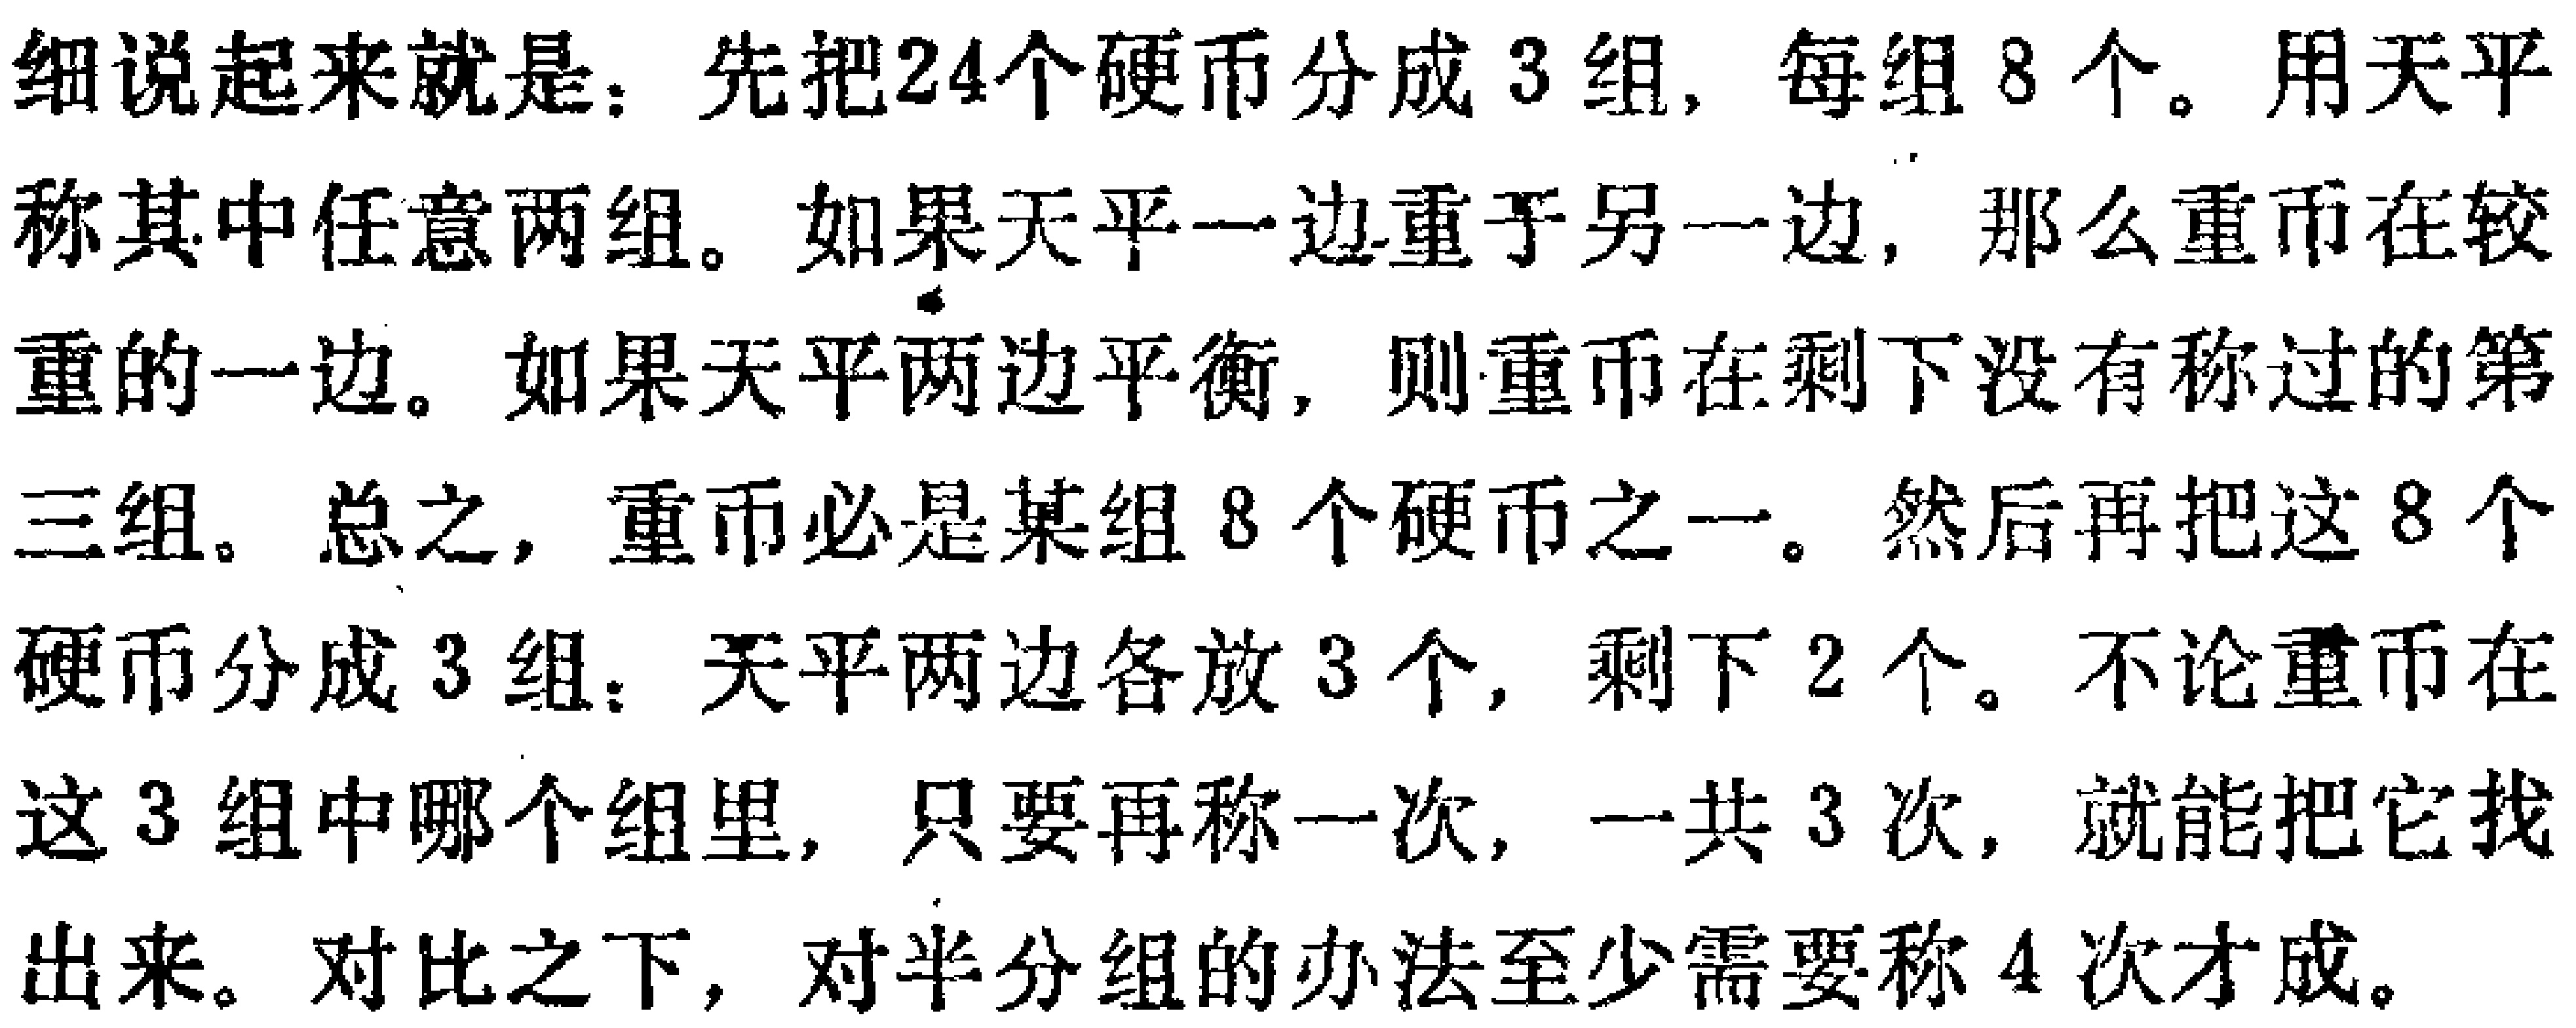
细说来就是：先把\(24\)个硬币分成\(3\)组，每组\(8\)个。用天平称其中任意两组。如果天平一边重于另一边，那么重币在较重的一边。如果天平两边平衡，则重币在剩下没有称过的第三组。总之，重币必是某组\(8\)个硬币之一。然后再把这\(8\)个硬币分成\(3\)组：天平两边各放\(3\)个，剩下\(2\)个。不论重币在这\(3\)组中哪个组里，只要再称一次，一共\(3\)次，就能把它找出来。对比之下，对半分组的办法至少需要称\(4\)次才成。